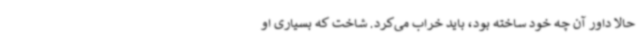
حالا داور آن چه خود ساخته بود، باید خراب می‌کرد. شاخت که بسیاری او